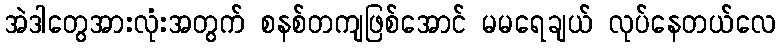
အဲဒါတွေအားလုံးအတွက် စနစ်တကျဖြစ်အောင် မမရေချယ် လုပ်နေတယ်လေ